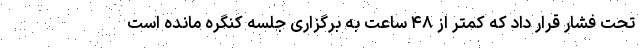
تحت فشار قرار داد که کمتر از ۴۸ ساعت به برگزاری جلسه کنگره مانده است